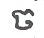
ច